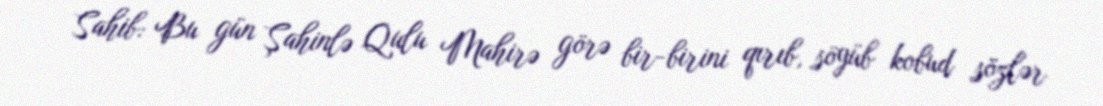
Sahib: Bu gün Şahinlə Qulu Mahirə görə bir-birini qırıb, söyüb kobud sözlər